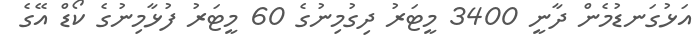
އަޅުގަނޑުމެން ދާނީ 3400 މީޓަރު ދިގުމިނުގެ 60 މީޓަރު ފުޅާމިނުގެ ކޯޑް އޭގެ